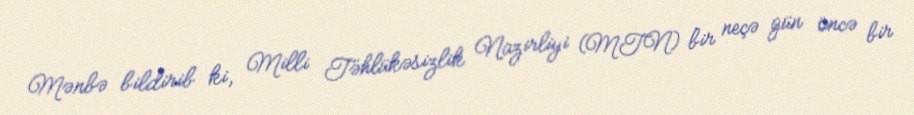
Mənbə bildirib ki, Milli Təhlükəsizlik Nazirliyi (MTN) bir neçə gün öncə bir